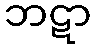
ဘဋာ